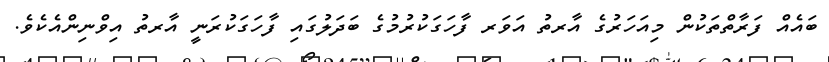
ބައެއް ފަރާތްތަކުން މިއަހަރުގެ އާރތު އަވަރ ފާހަގަކުރުމުގެ ބަދަލުގައި ފާހަގަކުރަނީ އާރތު އިވްނިންއެކެވެ.